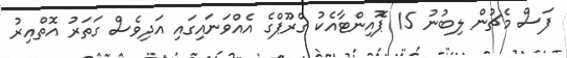
ފަސް މެޗުން ލިބުނު 15 ޕޮއިންޓާއެކު ގްރޫޕްގެ އެއްވަނައިގައި އަދިވެސް ގަތަރު އޮތްއިރު